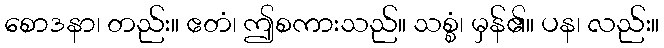
စောဒနာ၊ တည်း။ ဧတံ၊ ဤစကားသည်။ သစ္စံ၊ မှန်၏။ ပန၊ လည်း။